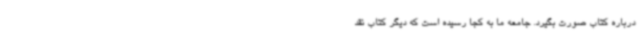
درباره کتاب صورت بگیرد. جامعه ما به کجا رسیده است که دیگر کتاب نقد